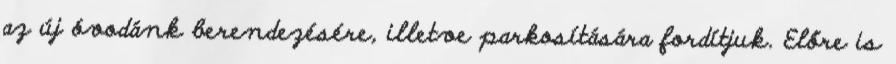
az új óvodánk berendezésére, illetve parkosítására fordítjuk. Előre is